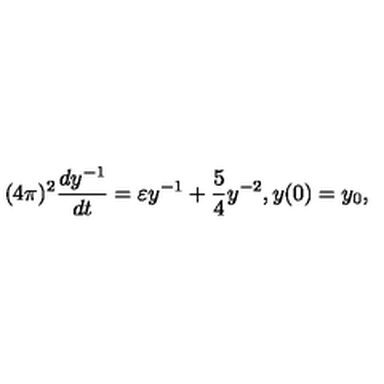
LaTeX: ( 4 \pi ) ^ { 2 } \frac { d y ^ { - 1 } } { d t } = \varepsilon y ^ { - 1 } + \frac { 5 } { 4 } y ^ { - 2 } , y ( 0 ) = y _ { 0 } ,